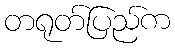
တရုတ်ပြည်က